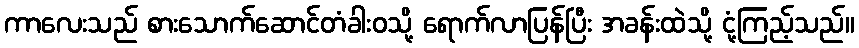
ကာလေးသည် စားသောက်ဆောင်တံခါးဝသို့ ရောက်လာပြန်ပြီး အခန်းထဲသို့ ငုံ့ကြည့်သည်။